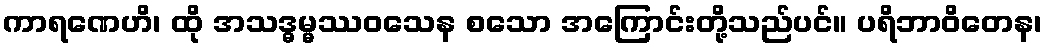
ကာရဏေဟိ၊ ထို အသဒ္ဓမ္မဿဝသေန စသော အကြောင်းတို့သည်ပင်။ ပရိဘာဝိတေန၊